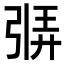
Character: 𫸷